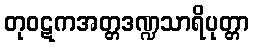
တုဝဋကအတ္တဒဏ္ဍသာရိပုတ္တာ